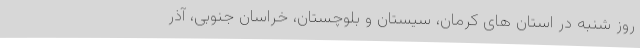
روز شنبه در استان های کرمان، سیستان و بلوچستان، خراسان جنوبی، آذر